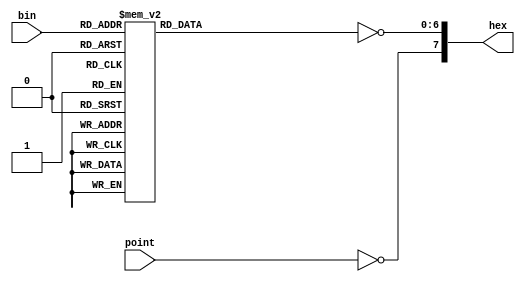

module SevenSegment(


	output		     [7:0]		hex,
	input 		     [3:0]		bin,
	input 		     				point
);
reg [6:0] led;
assign hex[6:0]=~led[6:0];
assign hex[7] = ~point;
//sets up a reg for the seven segment display
//inverts all data so that it turns on the proper parts of the display

always @ (bin[3:0]) begin//case statement that turns on the proper parts of the seven segment led for the corresponding number
case(bin[3:0])
4'b0000:begin
led[0]=1;
led[1]=1;
led[2]=1;
led[3]=1;
led[4]=1;
led[5]=1;
led[6]=0;
end
4'b0001:begin
led[0]=0;
led[1]=1;
led[2]=1;
led[3]=0;
led[4]=0;
led[5]=0;
led[6]=0;
end
4'b0010:begin
led[0]=1;
led[1]=1;
led[2]=0;
led[3]=1;
led[4]=1;
led[5]=0;
led[6]=1;
end
4'b0011:begin
led[0]=1;
led[1]=1;
led[2]=1;
led[3]=1;
led[4]=0;
led[5]=0;
led[6]=1;
end
4'b0100:begin
led[0]=0;
led[1]=1;
led[2]=1;
led[3]=0;
led[4]=0;
led[5]=1;
led[6]=1;
end
4'b0101:begin
led[0]=1;
led[1]=0;
led[2]=1;
led[3]=1;
led[4]=0;
led[5]=1;
led[6]=1;
end
4'b0110:begin
led[0]=1;
led[1]=0;
led[2]=1;
led[3]=1;
led[4]=1;
led[5]=1;
led[6]=1;
end
4'b0111:begin
led[0]=1;
led[1]=1;
led[2]=1;
led[3]=0;
led[4]=0;
led[5]=0;
led[6]=0;
end
4'b1000:begin
led[0]=1;
led[1]=1;
led[2]=1;
led[3]=1;
led[4]=1;
led[5]=1;
led[6]=1;
end
4'b1001:begin
led[0]=1;
led[1]=1;
led[2]=1;
led[3]=0;
led[4]=0;
led[5]=1;
led[6]=1;
end
4'b1010:begin
led[0]=1;
led[1]=1;
led[2]=1;
led[3]=0;
led[4]=1;
led[5]=1;
led[6]=1;
end
4'b1011:begin
led[0]=0;
led[1]=0;
led[2]=1;
led[3]=1;
led[4]=1;
led[5]=1;
led[6]=1;
end
4'b1100:begin
led[0]=1;
led[1]=0;
led[2]=0;
led[3]=1;
led[4]=1;
led[5]=1;
led[6]=0;
end
4'b1101:begin
led[0]=0;
led[1]=1;
led[2]=1;
led[3]=1;
led[4]=1;
led[5]=0;
led[6]=1;
end
4'b1110:begin
led[0]=1;
led[1]=0;
led[2]=0;
led[3]=1;
led[4]=1;
led[5]=1;
led[6]=1;
end
4'b1111:begin
led[0]=1;
led[1]=0;
led[2]=0;
led[3]=0;
led[4]=1;
led[5]=1;
led[6]=1;
end
default:begin
led[0]=0;
led[1]=0;
led[2]=0;
led[3]=0;
led[4]=0;
led[5]=0;
led[6]=0;
end
endcase
end
endmodule